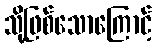
သို့ဖြစ်သောကြောင့်